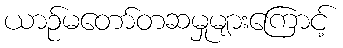
ယာဉ်မတော်တဆမှုများကြောင့်